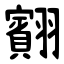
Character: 䎙